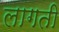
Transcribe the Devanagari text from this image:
लागती